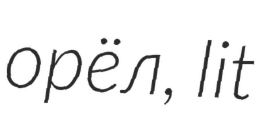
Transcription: орёл, lit